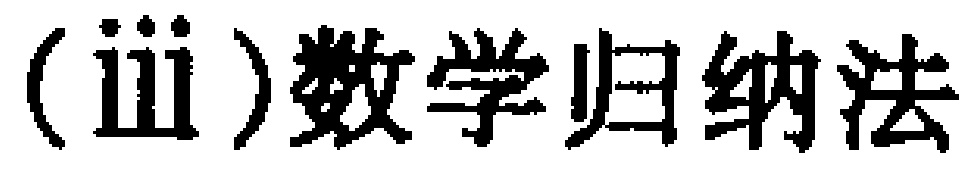
(iii)数学归纳法